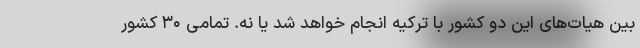
بین هیات‌های این دو کشور با ترکیه انجام خواهد شد یا نه. تمامی ۳۰ کشور